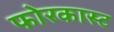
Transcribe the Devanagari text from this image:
फोरकास्ट